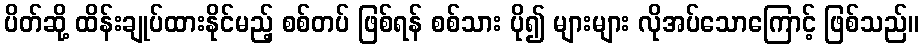
ပိတ်ဆို့ ထိန်းချုပ်ထားနိုင်မည့် စစ်တပ် ဖြစ်ရန် စစ်သား ပို၍ များများ လိုအပ်သောကြောင့် ဖြစ်သည်။